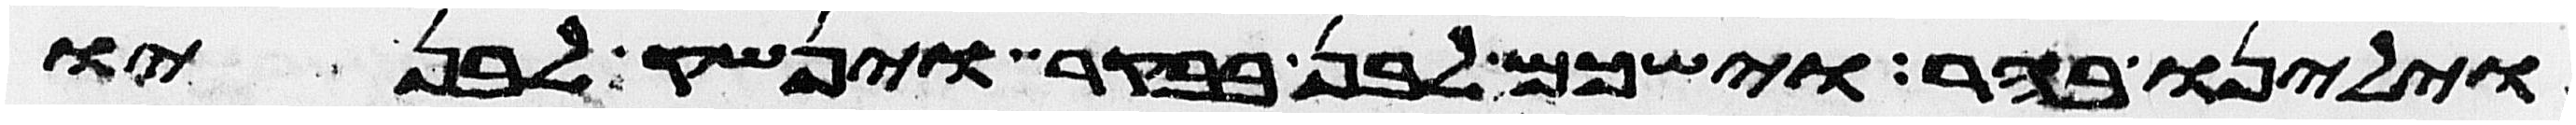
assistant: וילינו בהר וישכם לבן בבקר וינשק לבניו